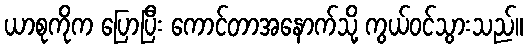
ယာစုကိုက ပြောပြီး ကောင်တာအနောက်သို့ ကွယ်ဝင်သွားသည်။